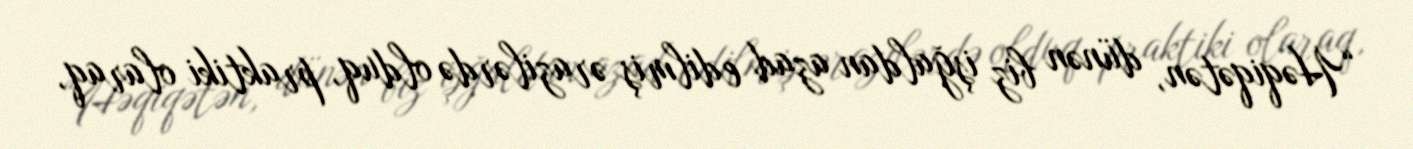
“Həqiqətən, dünən biz işğaldan azad edilmiş ərazilərdə olduq, praktiki olaraq,